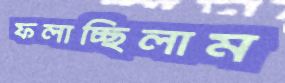
ফলাচ্ছিলাম